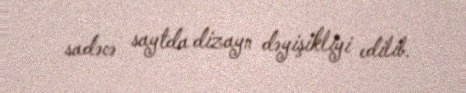
sadəcə saytda dizayn dəyişikliyi edilib.